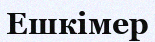
Ешкімер